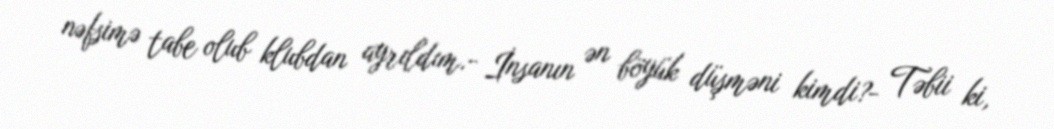
nəfsimə tabe olub klubdan ayrıldım.- İnsanın ən böyük düşməni kimdi?- Təbii ki,